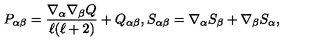
P _ { \alpha \beta } = \frac { \nabla _ { \alpha } \nabla _ { \beta } Q } { \ell ( \ell + 2 ) } + Q _ { \alpha \beta } , S _ { \alpha \beta } = \nabla _ { \alpha } S _ { \beta } + \nabla _ { \beta } S _ { \alpha } ,